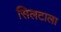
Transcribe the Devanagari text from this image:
सिलटाला